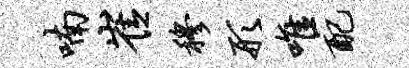
喃崔穆形唯配